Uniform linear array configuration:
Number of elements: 48
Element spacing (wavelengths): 0.5
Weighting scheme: binomial
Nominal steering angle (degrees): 30
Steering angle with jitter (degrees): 28.665
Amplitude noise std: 0.05
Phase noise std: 0.05

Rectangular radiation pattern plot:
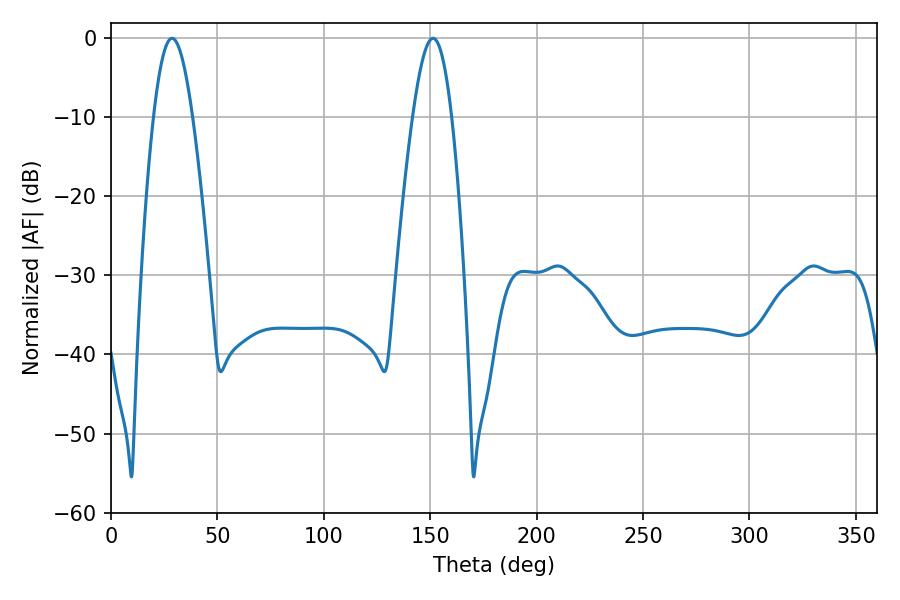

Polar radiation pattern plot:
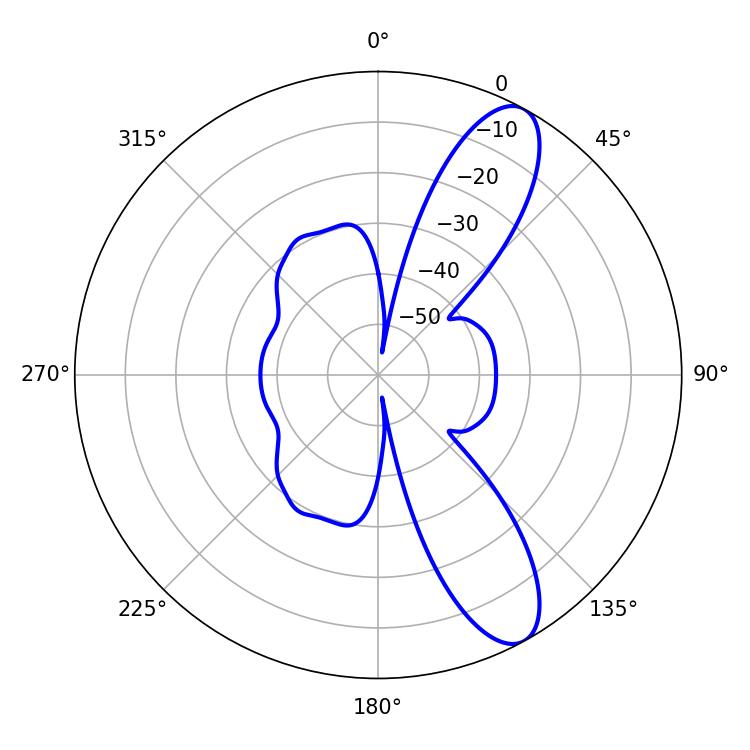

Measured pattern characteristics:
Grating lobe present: FALSE
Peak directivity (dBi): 10.439
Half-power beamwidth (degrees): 9.9
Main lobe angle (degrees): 28.62